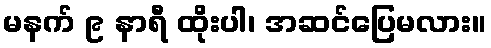
မနက် ၉ နာရီ ထိုးပါ၊ အဆင်ပြေမလား။